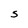
Character: S